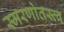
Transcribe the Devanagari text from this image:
स्मरणोतस्त्व